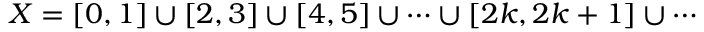
X = [ 0 , 1 ] \cup [ 2 , 3 ] \cup [ 4 , 5 ] \cup \dots \cup [ 2 k , 2 k + 1 ] \cup \dotsb